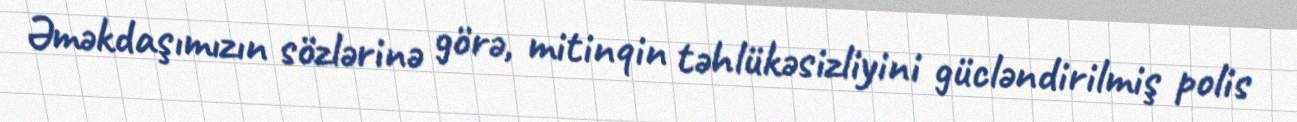
Əməkdaşımızın sözlərinə görə, mitinqin təhlükəsizliyini gücləndirilmiş polis